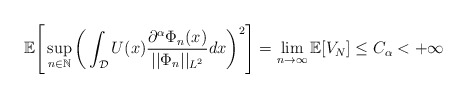
\begin{align*}\mathbb{E}\Bigg[\sup_{n\in \mathbb{N}}\bigg( \int_{\mathcal{D}} U(x)\frac{\partial^{\alpha}\Phi_n(x)}{||\Phi_n||_{L^2}}dx\bigg)^2\Bigg] = \lim_{n\rightarrow \infty} \mathbb{E}[V_N] \leq C_{\alpha} < + \infty\end{align*}